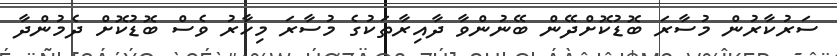
ސަރުކާރުން މުސާރަ ބޮޑުކޮށްދޭން ބޭނުންވާ ދާއިރާތަކުގެ މުސާރަ މިހާރު ވެސް ބޮޑުކޮށް ދެމުންދާ